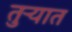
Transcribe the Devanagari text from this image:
तुर्‍यात